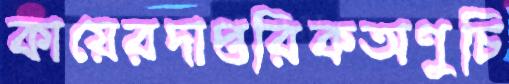
কায়েরদাপ্তরিকঅণুচি